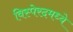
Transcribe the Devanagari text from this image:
विस्पेरदमध्ये